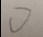
0